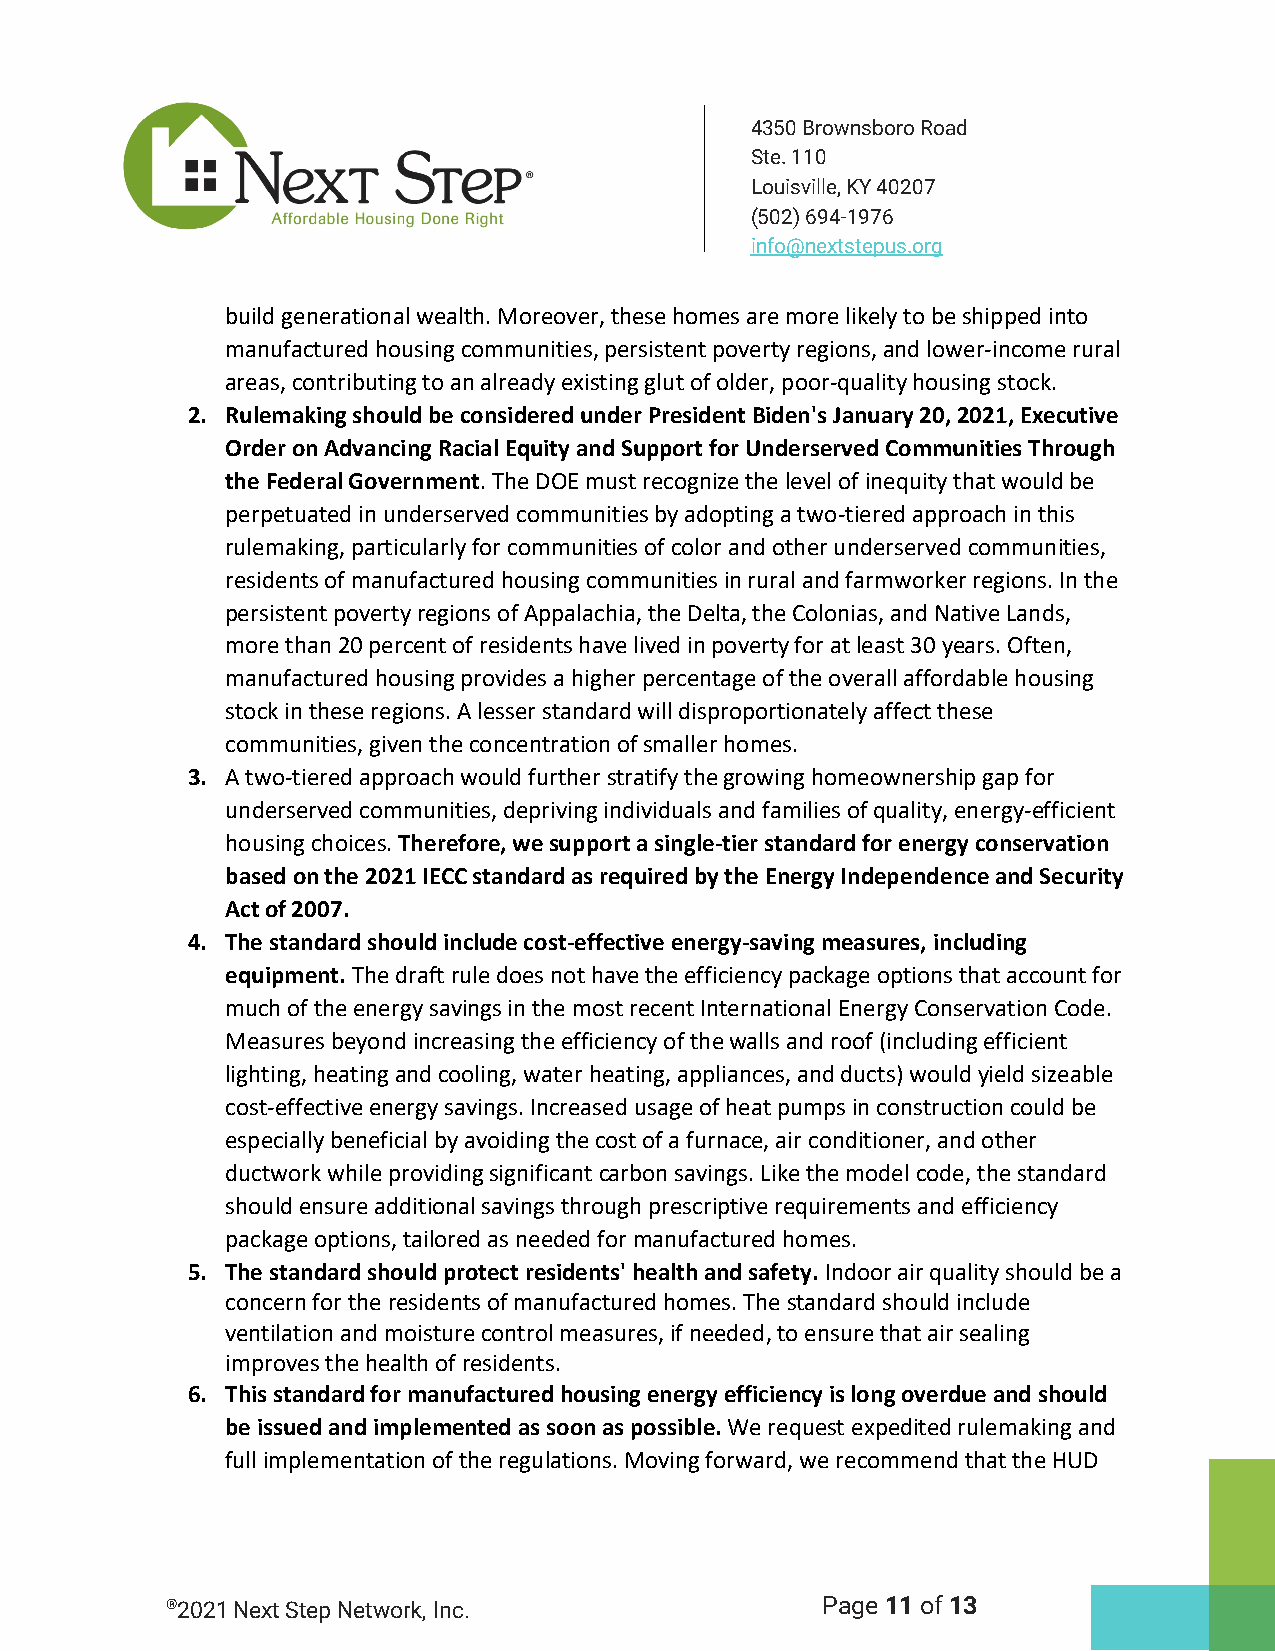
4350 Brownsboro Road
 Ste. 110
 Louisville, KY 40207
 (502) 694-1976
 info@nextstepus.org
 build generational wealth. Moreover, these homes are more likely to be shipped into
 manufactured housing communities, persistent poverty regions, and lower-income rural
 areas, contributing to an already existing glut of older, poor-quality housing stock.
 2. Rulemaking should be considered under President Biden's January 20, 2021, Executive
 Order on Advancing Racial Equity and Support for Underserved Communities Through
 the Federal Government. The DOE must recognize the level of inequity that would be
 perpetuated in underserved communities by adopting a two-tiered approach in this
 rulemaking, particularly for communities of color and other underserved communities,
 residents of manufactured housing communities in rural and farmworker regions. In the
 persistent poverty regions of Appalachia, the Delta, the Colonias, and Native Lands,
 more than 20 percent of residents have lived in poverty for at least 30 years. Often,
 manufactured housing provides a higher percentage of the overall affordable housing
 stock in these regions. A lesser standard will disproportionately affect these
 communities, given the concentration of smaller homes.
 3. A two-tiered approach would further stratify the growing homeownership gap for
 underserved communities, depriving individuals and families of quality, energy-efficient
 housing choices. Therefore, we support a single-tier standard for energy conservation
 based on the 2021 IECC standard as required by the Energy Independence and Security
 Act of 2007.
 4. The standard should include cost-effective energy-saving measures, including
 equipment. The draft rule does not have the efficiency package options that account for
 much of the energy savings in the most recent International Energy Conservation Code.
 Measures beyond increasing the efficiency of the walls and roof (including efficient
 lighting, heating and cooling, water heating, appliances, and ducts) would yield sizeable
 cost-effective energy savings. Increased usage of heat pumps in construction could be
 especially beneficial by avoiding the cost of a furnace, air conditioner, and other
 ductwork while providing significant carbon savings. Like the model code, the standard
 should ensure additional savings through prescriptive requirements and efficiency
 package options, tailored as needed for manufactured homes.
 5. The standard should protect residents' health and safety. Indoor air quality should be a
 concern for the residents of manufactured homes. The standard should include
 ventilation and moisture control measures, if needed, to ensure that air sealing
 improves the health of residents.
 6. This standard for manufactured housing energy efficiency is long overdue and should
 be issued and implemented as soon as possible. We request expedited rulemaking and
 full implementation of the regulations. Moving forward, we recommend that the HUD
 ®2021 Next Step Network, Inc.              Page 11 of 13